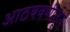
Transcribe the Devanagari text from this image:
आठबवणीतून